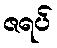
ဇရပ်